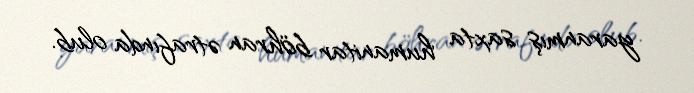
yaranmış saxta humanitar böhran ətrafında olub.